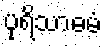
ပုရိသာဓမံ